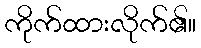
ကိုက်ထားလိုက်၏။